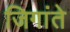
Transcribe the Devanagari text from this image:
जिगांते